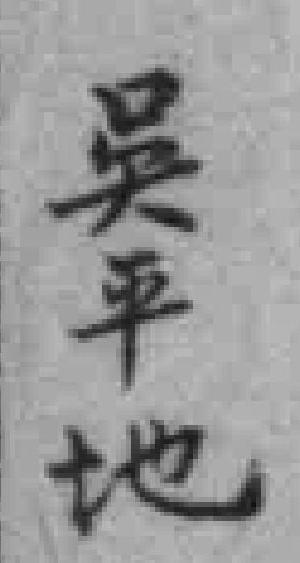
吳平地